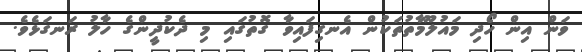
ވަން އިން ހޯދި މައުލޫމާތުތަކުން އެނގިފައިވާ ގޮތުގައި މި ދެކުދީންގެ ހާލު ރަނގަޅެވެ.